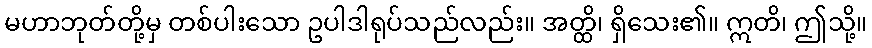
မဟာဘုတ်တို့မှ တစ်ပါးသော ဥပါဒါရုပ်သည်လည်း။ အတ္ထိ၊ ရှိသေး၏။ ဣတိ၊ ဤသို့။